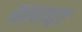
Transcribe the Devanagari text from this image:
खरादा